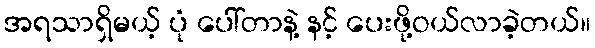
အရသာရှိမယ့် ပုံ ပေါ်တာနဲ့ နင့် ပေးဖို့ဝယ်လာခဲ့တယ်။